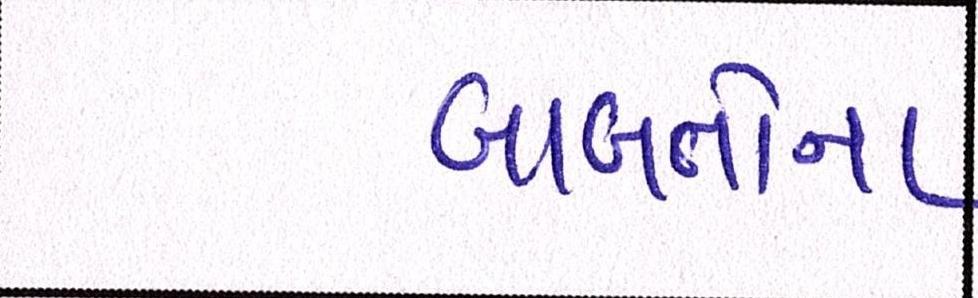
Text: બાબતોના